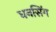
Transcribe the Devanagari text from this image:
धनसिंग